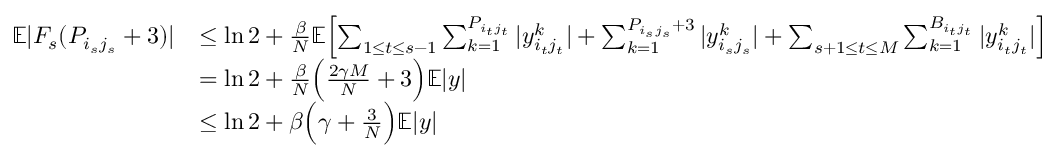
\begin{array} { r l } { \mathbb E | F _ { s } ( P _ { i _ { s } j _ { s } } + 3 ) | } & { \leq \ln 2 + \frac { \beta } { N } \mathbb E \Bigl [ \sum _ { 1 \leq t \leq s - 1 } \sum _ { k = 1 } ^ { P _ { i _ { t } j _ { t } } } | y _ { i _ { t } j _ { t } } ^ { k } | + \sum _ { k = 1 } ^ { P _ { i _ { s } j _ { s } } + 3 } | y _ { i _ { s } j _ { s } } ^ { k } | + \sum _ { s + 1 \leq t \leq M } \sum _ { k = 1 } ^ { B _ { i _ { t } j _ { t } } } | y _ { i _ { t } j _ { t } } ^ { k } | \Bigr ] } \\ & { = \ln 2 + \frac { \beta } { N } \Bigl ( \frac { 2 \gamma M } { N } + 3 \Bigr ) \mathbb E | y | } \\ & { \leq \ln 2 + \beta \Bigl ( \gamma + \frac { 3 } { N } \Bigr ) \mathbb E | y | } \end{array}